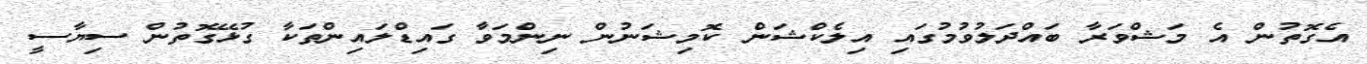
އެގޮތުން އެ މަޝްވަރާ ބައްދަލުވުމުގައި އިލެކްޝަން ކޮމިޝަނުން ނިންމަވާ ގައިޑްލައިންތަކާ ގުޅޭގޮތުން ސިޔާސީ